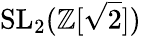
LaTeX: \mathrm{SL}_{2}(\mathbb{Z}[{\sqrt{2}}])